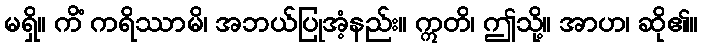
မရှိ။ ကိံ ကရိဿာမိ၊ အဘယ်ပြုအံ့နည်း။ ဣတိ၊ ဤသို့။ အာဟ၊ ဆို၏။